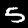
Label: 5